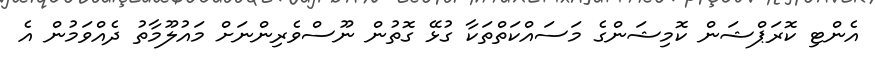
އެންޓި ކޮރަޕްޝަން ކޮމިޝަންގެ މަސައްކަތްތަކާ ގުޅޭ ގޮތުން ނޫސްވެރިންނަށް މައުލޫމާތު ދެއްވަމުން އެ